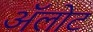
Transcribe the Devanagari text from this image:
ॲलोट